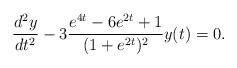
LaTeX: \begin{align*}\frac{d^2y}{d t^2}-3\frac{e^{4t}-6e^{2t}+1}{(1+e^{2t})^2}y(t)=0.\end{align*}